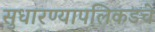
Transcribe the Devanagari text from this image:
सुधारण्यापलिकडचे